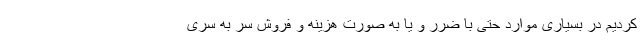
کردیم در بسیاری موارد حتی با ضرر و یا به صورت هزینه و فروش سر به سری